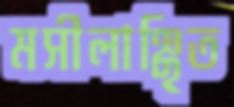
মসীলাঞ্ছিত